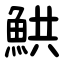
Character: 䱋